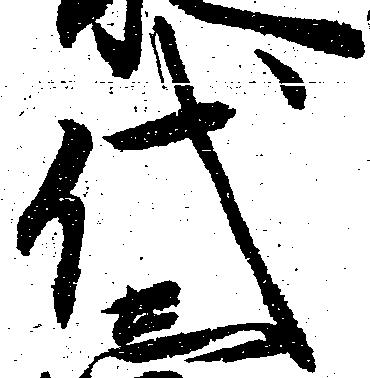
代